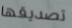
تصديقها